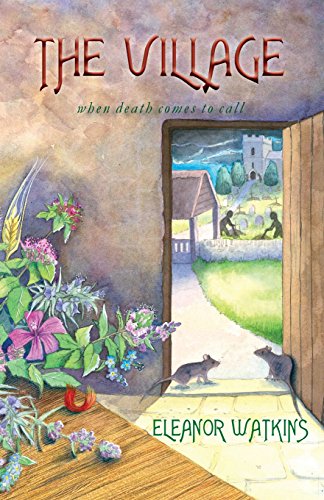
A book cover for The Village; Eleanor Watkins; Teen & Young Adult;